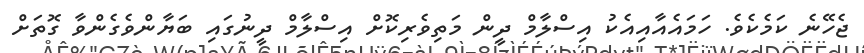
ޖެހޭނެ ކަމެކެވެ. ހަމައެއާއިއެކު އިސްލާމް ދީން މަތިވެރިކޮށް އިސްލާމް ދީނުގައި ބަޔާންވެގެންވާ ގޮތަށް